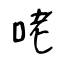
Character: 咾